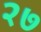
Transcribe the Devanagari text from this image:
२७